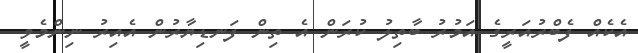
އެކެއް ފެބްރުއަރީގެ އަމުރު ބާތިލު ކުރަން އެ ތިން ފަނޑިޔާރުން އެއިރު ނިންމެވީ